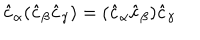
LaTeX: \hat { c } _ { \alpha } ( \hat { c } _ { \beta } \hat { c } _ { \gamma } ) = ( \hat { c } _ { \alpha } \hat { c } _ { \beta } ) \hat { c } _ { \gamma }